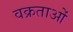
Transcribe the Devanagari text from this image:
वक्रताओं